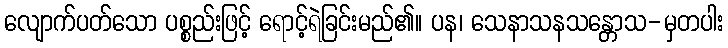
လျောက်ပတ်သော ပစ္စည်းဖြင့် ရောင့်ရဲခြင်းမည်၏။ ပန၊ သေနာသနသန္တောသ-မှတပါး